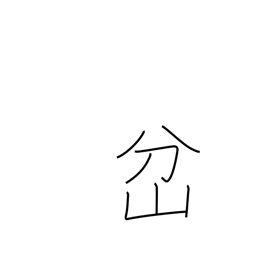
Meaning: fork in a road